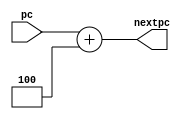
`timescale 1ns / 1ps
module PC_Adder(
    input [31:0] pc,
    output reg [31:0] nextpc);
    always @(*) begin
        nextpc = pc + 32'd4; // nextpc = pc + 4 32'b00000000000000000000000000000100;
    end   
endmodule